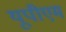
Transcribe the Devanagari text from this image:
यूपीएम